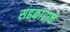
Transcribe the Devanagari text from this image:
सहकाराने